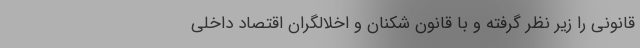
قانونی را زیر نظر گرفته و با قانون شکنان و اخلالگران اقتصاد داخلی